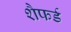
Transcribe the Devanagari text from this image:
शैफर्ड